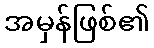
အမှန်ဖြစ်၏